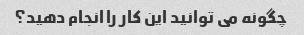
چگونه می توانید این کار را انجام دهید؟